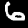
Digit: 6